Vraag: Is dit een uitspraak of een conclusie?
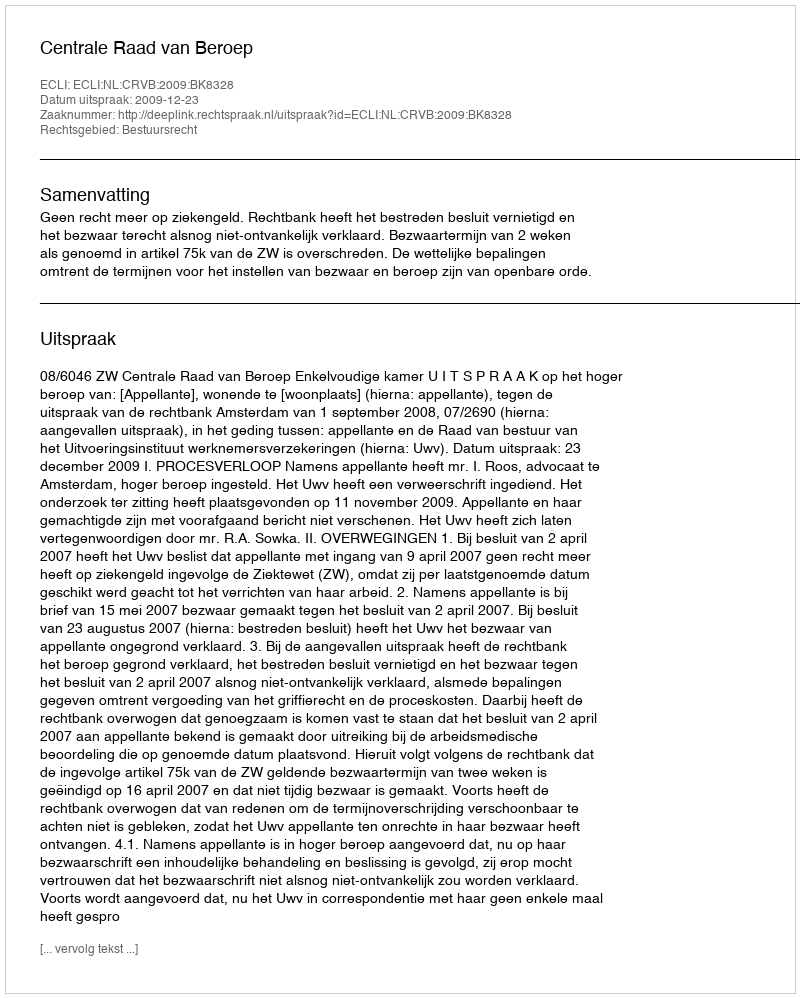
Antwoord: Uitspraak